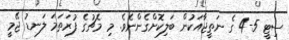
ސިޓީ 5-4 ގެ ނަތީޖާއަކުން ބަލިކޮށްގެންނެވެ. މި މެޗުގެ ފުރަތަމަ ލަނޑު ޖޭމީ